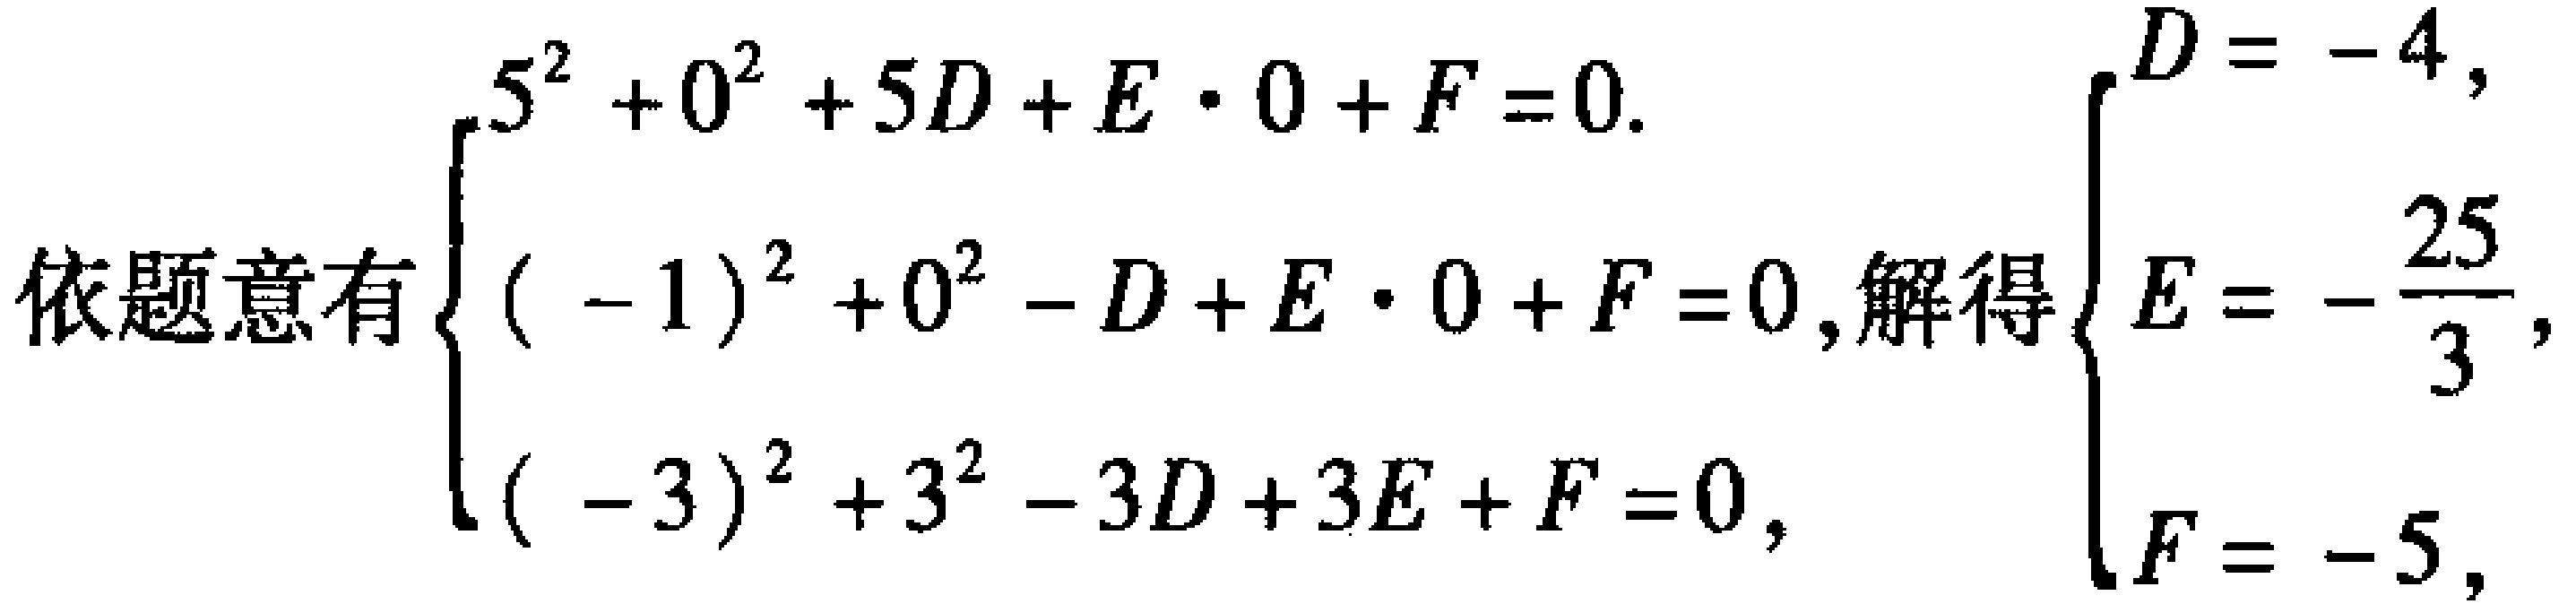
依题意有$\begin{cases}
5^{2}+0^{2}+5D + E\cdot0 + F = 0.\\
(-1)^{2}+0^{2}-D + E\cdot0 + F = 0,\\
(-3)^{2}+3^{2}-3D + 3E + F = 0,
\end{cases}$解得$\begin{cases}
D = -4,\\
E = -\frac{25}{3},\\
F = -5,
\end{cases}$